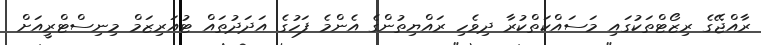
ރާއްޖޭގެ ރިޒޯޓްތަކުގައި މަސައްކަތްކުރާ ދިވެހި ރައްޔިތުންގެ އެންމެ ފަހުގެ އަދަދުތައް ޓުއަރިޒަމް މިނިސްޓްރީއަށް